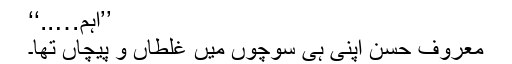
’’آہم…..‘‘
معروف حسن اپنی ہی سوچوں میں غلطاں و پیچاں تھا۔